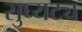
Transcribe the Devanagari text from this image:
सुघ्यट्य